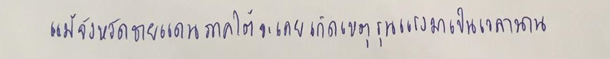
แม้จังหวัดชายแดนภาคใต้จะเคยเกิดเหตุรุนแรงมาเป็นเวลานาน